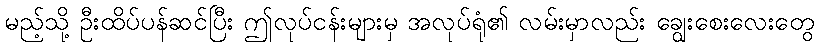
မည့်သို့ ဦးထိပ်ပန်ဆင်ပြီး ဤလုပ်ငန်းများမှ အလုပ်ရုံ၏ လမ်းမှာလည်း ချွေးစေးလေးတွေ